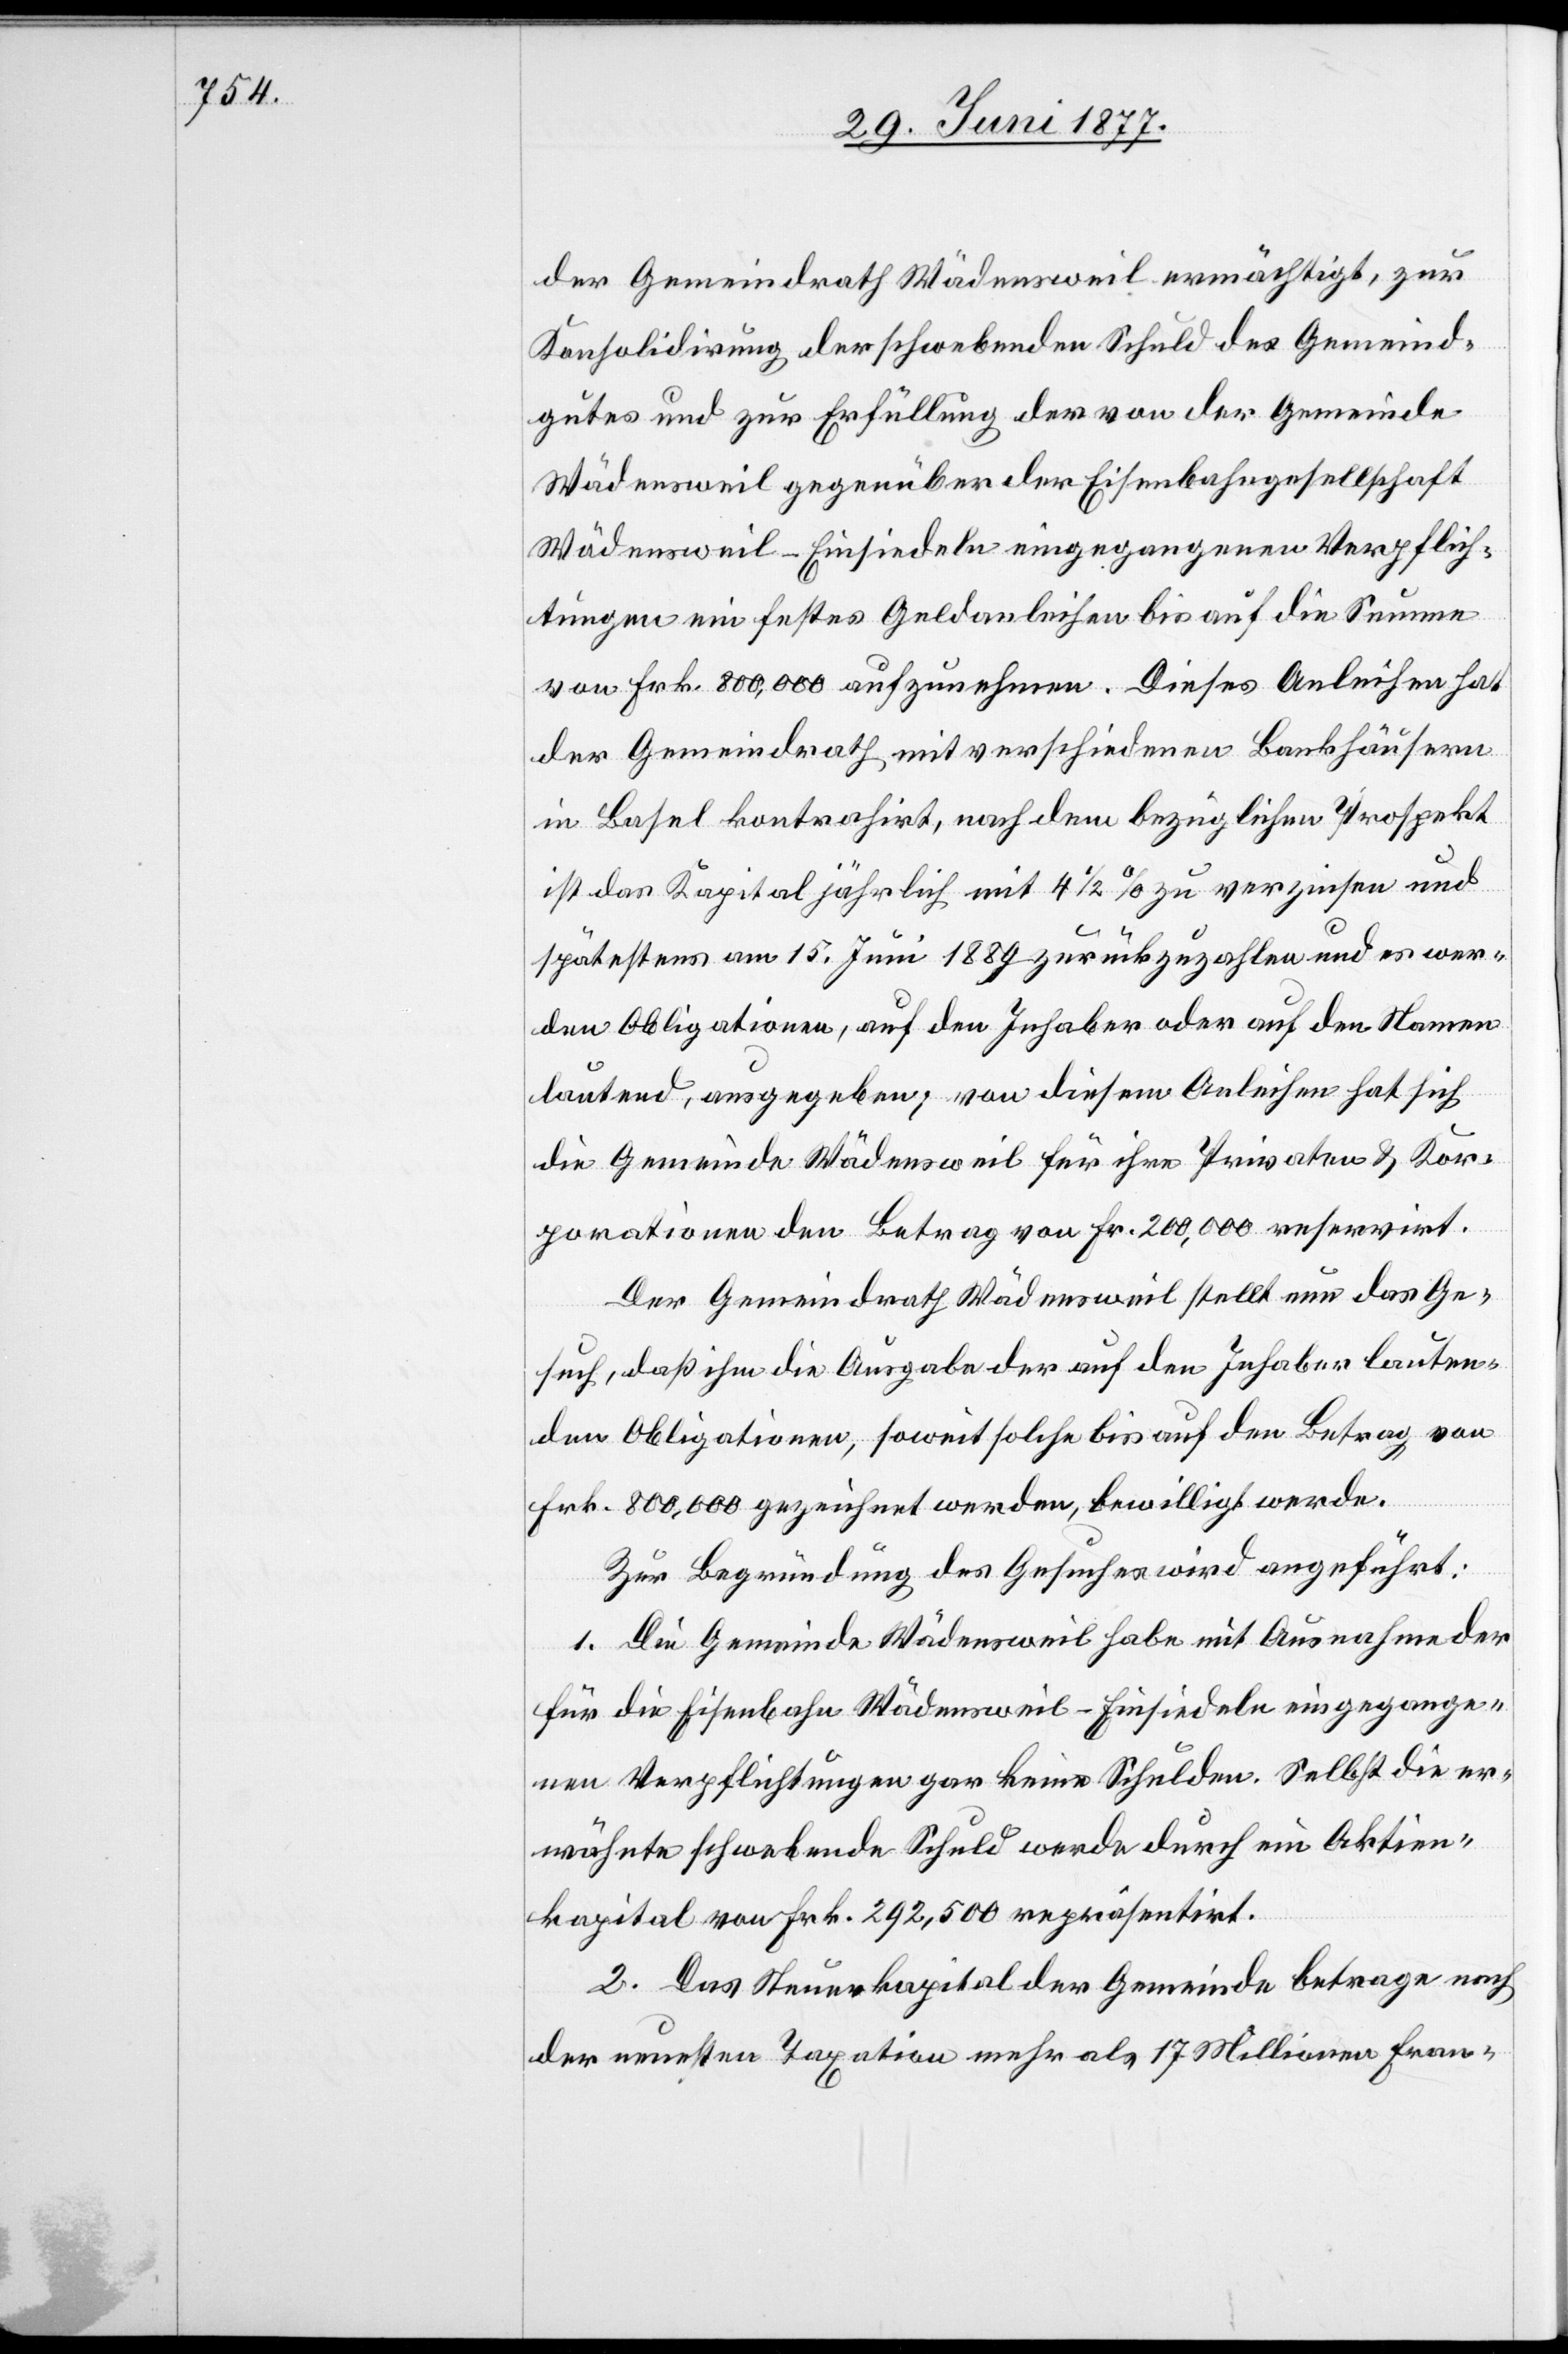
der Gemeindrath Wädensweil ermächtigt, zur
Konsolidirung der schwebenden Schuld des Gemeinde¬
gutes und zur Erfüllung der von der Gemeinde
Wädensweil gegenüber der Eisenbahngesellschaft
Wädensweil–Einsiedeln eingegangenen Verpflich¬
tungen ein festes Geldanleihen bis auf die Summe
von Frk. 800,000 aufzunehmen. Dieses Anleihen hat
der Gemeindrath mit verschiedenen Bankhäusern
in Basel kontrahirt, nach dem bezüglichen Prospekt
ist das Kapital jährlich mit 4 1/2% zu verzinsen und
spätestens am 15. Juni 1889 zurückzuzahlen und es wer¬
den Obligationen, auf den Inhaber oder auf den Namen
lautend, ausgegeben; von diesem Anleihen hat sich
die Gemeinde Wädensweil für ihre Privaten & Kor¬
porationen den Betrag von Fr. 200,000 reservirt.
Der Gemeindrath Wädensweil stellt nun das Ge¬
such, daß ihm die Ausgabe der auf den Inhaber lauten¬
den Obligationen, soweit solche bis auf den Betrag von
Frk. 800,000 gezeichnet werden, bewilligt werde.
Zur Begründung des Gesuches wird angeführt:
1. Die Gemeinde Wädensweil habe mit Ausnahme der
für die Eisenbahn Wädensweil–Einsiedeln eingegange¬
n Verpflichtungen gar keine Schulden. Selbst die er¬
wähnte schwebende Schuld werde durch ein Aktien¬
kapital von Frk. 292,500 repräsentirt.
2. Das Steuerkapital der Gemeinde betrage nach
der ersten Taxation mehr als 17 Millionen Fran-